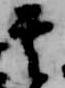
其